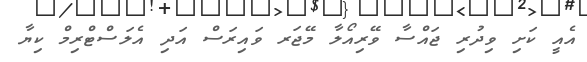
އެއީ ކަށި ވިދުރި ޖައްސާ ވޭރިއޯލާ މޭޖަރ ވައިރަސް އަދި އެލަސްޓްރިމް ކިޔާ